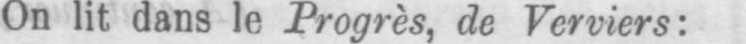
On lit dans le Progrès, de Verviers: